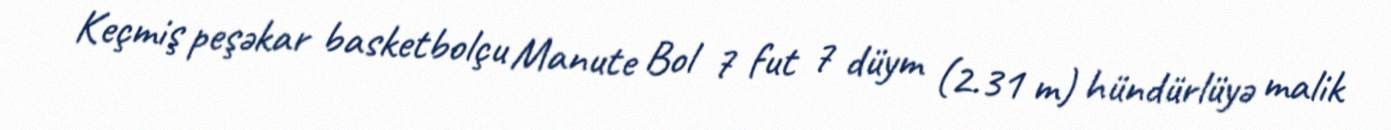
Keçmiş peşəkar basketbolçu Manute Bol 7 fut 7 düym (2.31 m) hündürlüyə malik